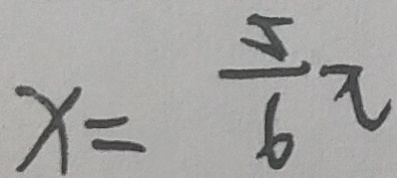
x = \frac { 5 } { 6 } \pi